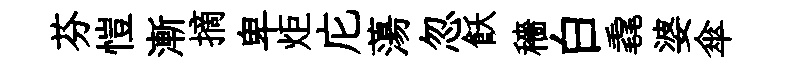
芬愷漸摘卑炬庀蕩忽飫穡白毳婆傘